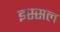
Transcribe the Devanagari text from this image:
इस्सल